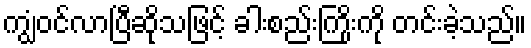
ကျွံဝင်လာပြီဆိုသဖြင့် ခါးစည်းကြိုးကို တင်းခဲ့သည်။